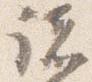
諸